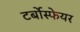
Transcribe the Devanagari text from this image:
टर्बोस्फेयर